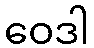
ဝေဒါ